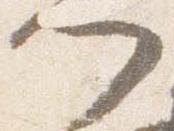
門